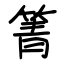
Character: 箐